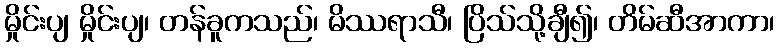
မှိုင်းပျ မှိုင်းပျ၊ တန်ခူကသည်၊ မိဿရာသီ၊ ပြိသ်သို့ချီ၍၊ တိမ်ဆီအာကာ၊